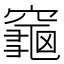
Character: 𪚨